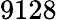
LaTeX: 9128